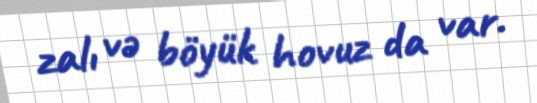
zalı və böyük hovuz da var.